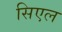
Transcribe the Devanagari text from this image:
सिएल